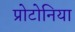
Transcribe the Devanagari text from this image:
प्रोटोनिया